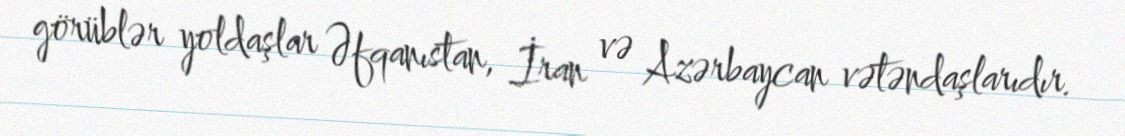
görüblər yoldaşlar Əfqanıstan, İran və Azərbaycan vətəndaşlarıdır.